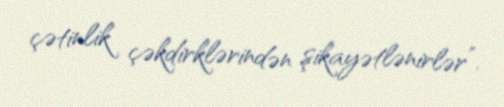
çətinlik çəkdirklərindən şikayətlənirlər”.